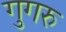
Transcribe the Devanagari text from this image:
गुगरु